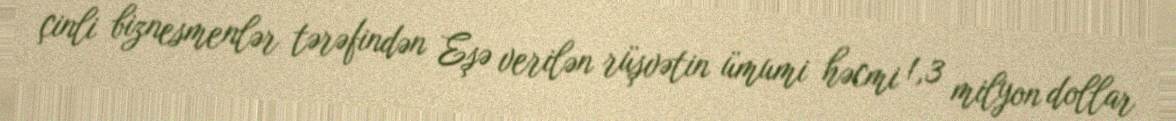
çinli biznesmenlər tərəfindən Eşə verilən rüşvətin ümumi həcmi 1,3 milyon dollar